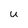
Character: U